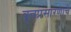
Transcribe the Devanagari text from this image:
वृत्तप्रसारणाचे